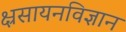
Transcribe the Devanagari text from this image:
क्ष्रसायनविज्ञान